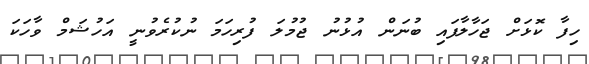
ހިފާ ކޮޅަށް ޖަހާލާފައި ބުނަން އުޅުނު ޖުމުލަ ފުރިހަމަ ނުކުރެވުނީ އަހުޝަމް ވާހަކަ